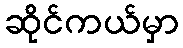
ဆိုင်ကယ်မှာ